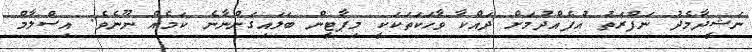
ނަޝީދާމެދު ނަފްރަތު އުފެއްދުމަށް ދައްކާ ވާހަކަތަކަކީ މިޕާޓީން ބަލައިގަންނާނެ ކަމެއް ނޫނެވެ. އިސްލާމް